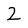
Character: 2